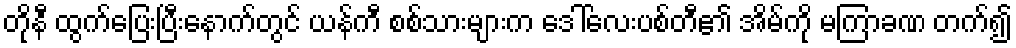
တိုနီ ထွက်ပြေးပြီးနောက်တွင် ယန်ကီ စစ်သားများက ဒေါ်လေးပစ်တီ၏ အိမ်ကို မကြာခဏ တက်၍